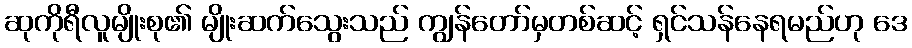
ဆုကိုရီလူမျိုးစု၏ မျိုးဆက်သွေးသည် ကျွန်တော်မှတစ်ဆင့် ရှင်သန်နေရမည်ဟု ဒေ